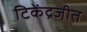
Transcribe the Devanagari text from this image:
टिकेंद्रजीत